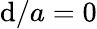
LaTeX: \mathrm{d}/a=0